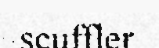
scuffler